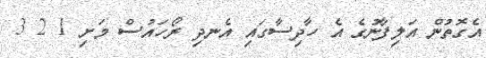
އެގޮތުން އަލިފާނުގެ އެ ހާދިސާގައި އެނދި ރޯހައުސް މަށި 1 2 3